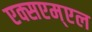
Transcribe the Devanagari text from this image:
एक्सएम्एल